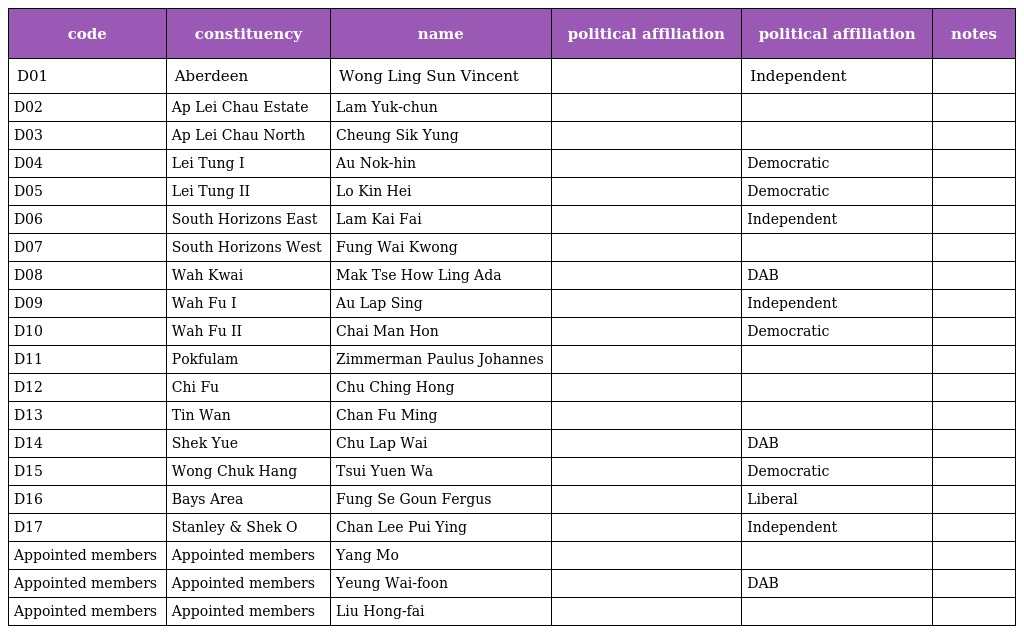
| code | constituency | name | political affiliation | political affiliation | notes |
 | --- | --- | --- | --- | --- | --- |
 | D01 | Aberdeen | Wong Ling Sun Vincent |  | Independent |  |
 | D02 | Ap Lei Chau Estate | Lam Yuk-chun |  |  |  |
 | D03 | Ap Lei Chau North | Cheung Sik Yung |  |  |  |
 | D04 | Lei Tung I | Au Nok-hin |  | Democratic |  |
 | D05 | Lei Tung II | Lo Kin Hei |  | Democratic |  |
 | D06 | South Horizons East | Lam Kai Fai |  | Independent |  |
 | D07 | South Horizons West | Fung Wai Kwong |  |  |  |
 | D08 | Wah Kwai | Mak Tse How Ling Ada |  | DAB |  |
 | D09 | Wah Fu I | Au Lap Sing |  | Independent |  |
 | D10 | Wah Fu II | Chai Man Hon |  | Democratic |  |
 | D11 | Pokfulam | Zimmerman Paulus Johannes |  |  |  |
 | D12 | Chi Fu | Chu Ching Hong |  |  |  |
 | D13 | Tin Wan | Chan Fu Ming |  |  |  |
 | D14 | Shek Yue | Chu Lap Wai |  | DAB |  |
 | D15 | Wong Chuk Hang | Tsui Yuen Wa |  | Democratic |  |
 | D16 | Bays Area | Fung Se Goun Fergus |  | Liberal |  |
 | D17 | Stanley & Shek O | Chan Lee Pui Ying |  | Independent |  |
 | Appointed members | Appointed members | Yang Mo |  |  |  |
 | Appointed members | Appointed members | Yeung Wai-foon |  | DAB |  |
 | Appointed members | Appointed members | Liu Hong-fai |  |  |  |